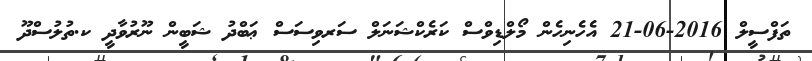
ތަފްސީލް 2016-06-21 އެހެނިހެން މޯލްޑިވްސް ކަރެކްޝަނަލް ސަރވިސަސް ޢަބްދު ޝަބީން ނޫރުވާދީ ކ.ތުލުސްދޫ